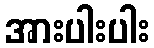
အားပါးပါး